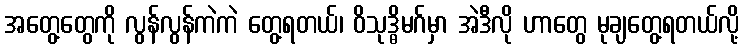
အတွေ့တွေကို လွန်လွန်ကဲကဲ တွေ့ရတယ်၊ ဝိသုဒ္ဓိမဂ်မှာ အဲဒီလို ဟာတွေ မုချတွေ့ရတယ်လို့